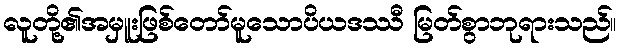
လူတို့၏အမှူးဖြစ်တော်မူသောပိယဒဿီ မြတ်စွာဘုရားသည်။